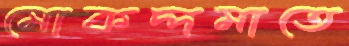
মোকদ্দমাতে